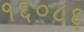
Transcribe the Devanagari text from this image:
१६०८६